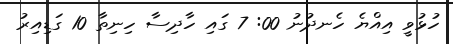
ހުޅުވީ އިއްޔެ ހެނދުނު 00: 7 ގައި ހާދިސާ ހިނިތާ 10 ގަޑިއިރު